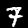
Label: 7